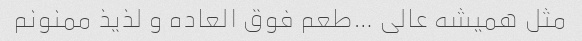
مثل همیشه عالی …طعم فوق العاده و لذیذ ممنونم